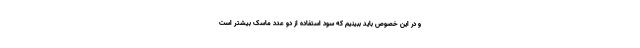
و در این خصوص باید ببینیم که سود استفاده از دو عدد ماسک بیشتر است